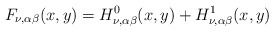
\begin{align*}F_{\nu,\alpha\beta}(x,y)=H^0_{\nu,\alpha\beta}(x,y)+H^1_{\nu,\alpha\beta}(x,y)\end{align*}